Indian journal of veterinary science and animal husbandry - Volumes 18-21, 1948-1951
Year: 1948
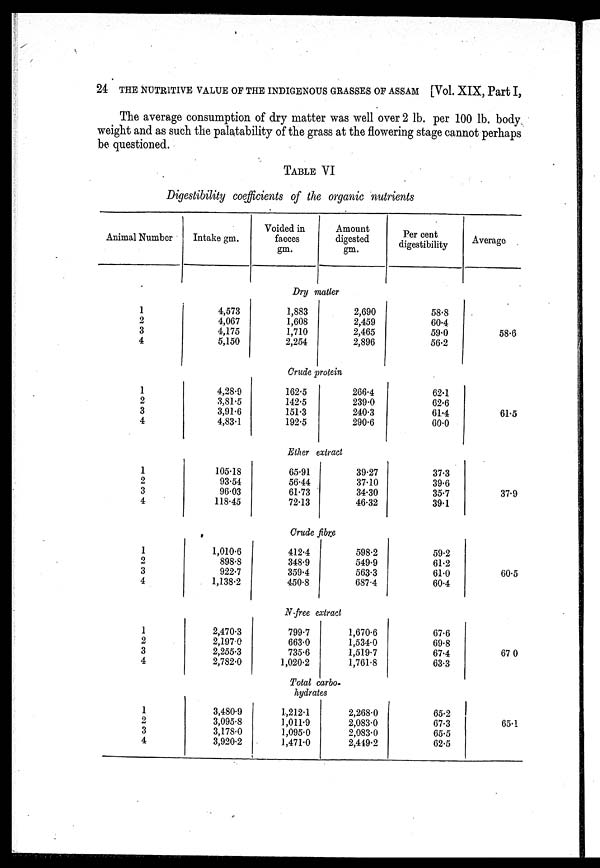
24 THE NUTRITIVE VALUE OF THE INDIGENOUS GRASSES OF ASSAM [Vol. XIX, Part I,
The average consumption of dry matter was well over 2 lb. per 100 lb. body
weight and as such the palatability of the grass at the flowering stage cannot perhaps
be questioned.
TABLE VI
Digestibility coefficients of the organic nutrients
Animal Number
Intake gm.
Voided in
faeces
gm.
Amount
digested
gm.
Per cent
digestibility
Average
Dry matter
1
2
3
4
4,573
4,067
4,175
5,150
1,883
1,608
1,710
2,254
2,690
2,459
2,465
2,896
58.8
60.4
59.0
56.2
58.6
Crude protein
1
2
3
4
4,28.9
3,81.5
3,91.6
4,83.1
162.5
142.5
151.3
192.5
266.4
239.0
240.3
290.6
62.1
62.6
61.4
60.0
61.5
Ether extract
1
2
3
4
105.18
93.54
96.03
118.45
65.91
56.44
61.73
72.13
39.27
37.10
34.30
46.32
37.3
39.6
35.7
39.1
37.9
Crude fibre
1
2
3
4
1,010.6
898.8
922.7
1,138.2
412.4
348.9
359.4
450.8
598.2
549.9
563.3
687.4
59.2
61.2
61.0
60.4
60.5
N-free extract
1
2
3
4
2,470.3
2,197.0
2,255.3
2,782.0
799.7
663.0
735.6
1,020.2
1,670.6
1,534.0
1,519.7
1,761.8
67.6
69.8
67.4
63.3
67.0
Total carbo-
hydrates
1
2
3
4
3,480.9
3,095.8
3,178.0
3,920.2
1,212.1
1,011.9
1,095.0
1,471.0
2,268.0
2,083.0
2,083.0
2,449.2
65.2
67.3
65.5
62.5
65.1